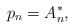
LaTeX: \begin{align*} p_{n}= A_{n}^{\ast}, \end{align*}